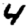
Digit: 4